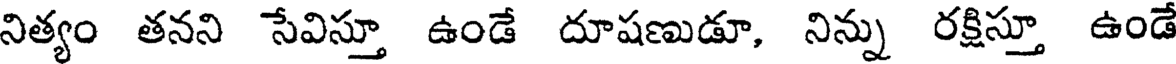
నిత్యం తనని సేవిస్తూ ఉండే దూషణుడూ, నిన్ను రక్షిస్తూ ఉండే